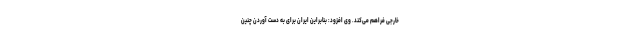
خارجی فراهم می‌کند. وی افزود: بنابراین ایران برای به دست آوردن چنین